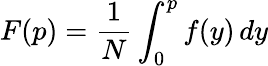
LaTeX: F(p)=\frac{1}{N}\int_{0}^{p}f(y)\, dy